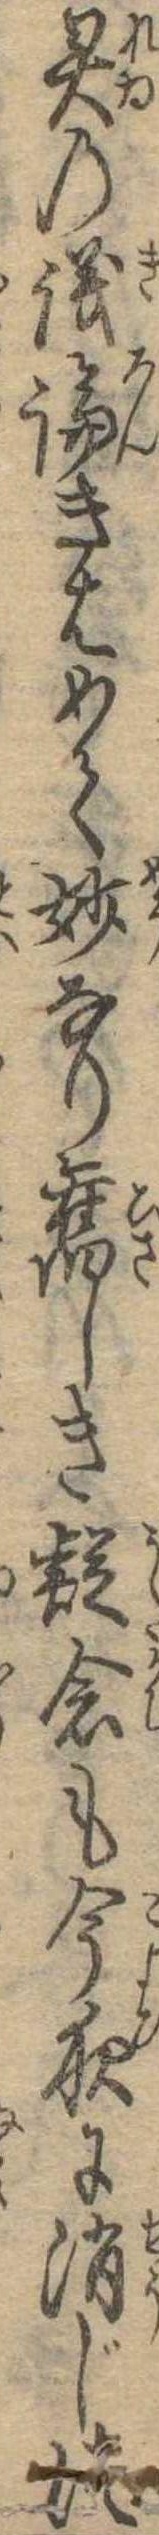
霊の議論きはめて妙なり旧しき疑念も今夜に消じつ